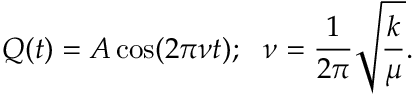
Q ( t ) = A \cos ( 2 \pi \nu t ) ; \ \ \nu = { \frac { 1 } { 2 \pi } } { \sqrt { \frac { k } { \mu } } } .